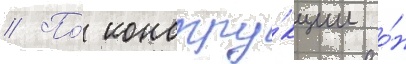
// По́ констру́кции о́н